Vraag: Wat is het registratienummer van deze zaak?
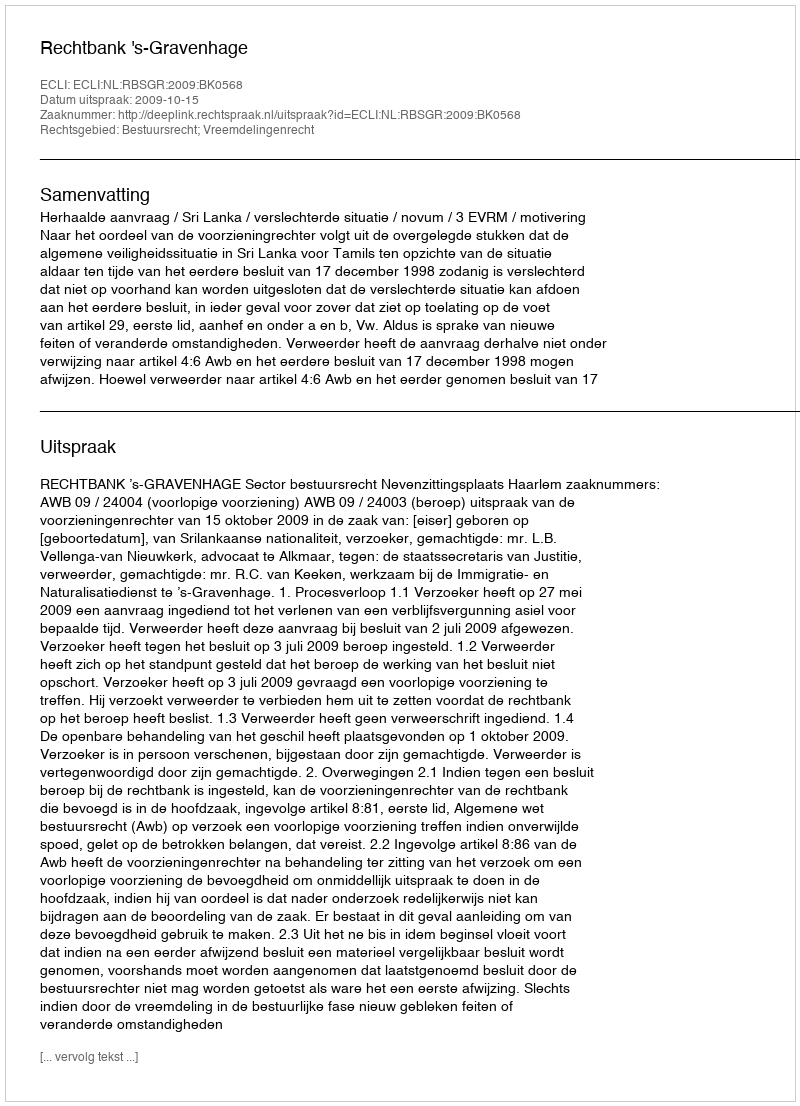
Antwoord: http://deeplink.rechtspraak.nl/uitspraak?id=ECLI:NL:RBSGR:2009:BK0568